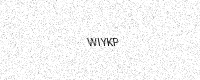
Text: WIYKP